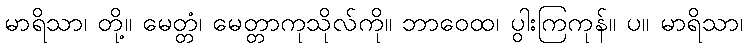
မာရိသာ၊ တို့။ မေတ္တံ၊ မေတ္တာကုသိုလ်ကို။ ဘာဝေထ၊ ပွါးကြကုန်။ ပ။ မာရိသာ၊